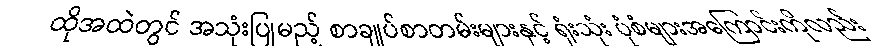
ထိုအထဲတွင် အသုံးပြုမည့် စာချုပ်စာတမ်းများနှင့် ရုံးသုံး ပုံစံများအကြောင်းကိုလည်း